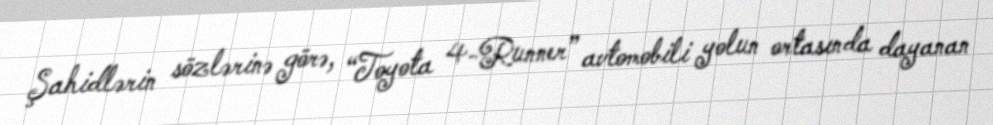
Şahidlərin sözlərinə görə, “Toyota 4-Runner” avtomobili yolun ortasında dayanan